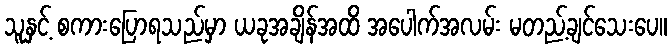
သူနှင့် စကားပြောရသည်မှာ ယခုအချိန်အထိ အပေါက်အလမ်း မတည့်ချင်သေးပေ။